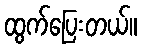
ထွက်ပြေးတယ်။